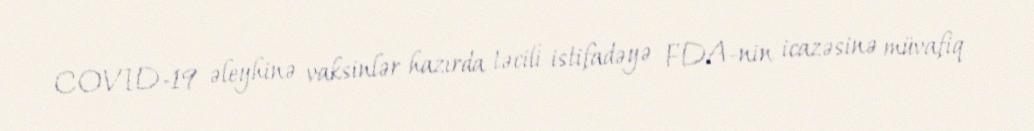
COVID-19 əleyhinə vaksinlər hazırda təcili istifadəyə FDA-nin icazəsinə müvafiq